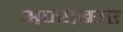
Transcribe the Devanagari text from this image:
अज्यब्घर